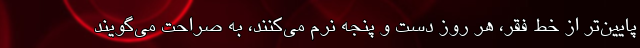
پایین‌تر از خط فقر، هر روز دست و پنجه نرم می‌کنند، به صراحت می‌گویند